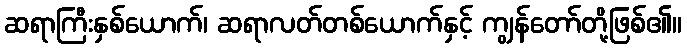
ဆရာကြီးနှစ်ယောက်၊ ဆရာလတ်တစ်ယောက်နှင့် ကျွန်တော်တို့ဖြစ်၏။